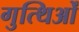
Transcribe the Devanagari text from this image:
गुत्थिओं